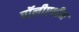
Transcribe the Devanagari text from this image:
पॉलीएथीन